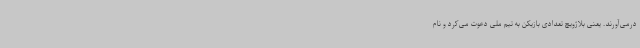
درمی‌آورند. یعنی بلاژویچ تعدادی بازیکن به تیم ملی دعوت می‌کرد و نام